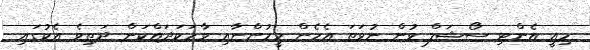
މިއީ އެންޓި ސޯޝަލް ވުން ނުވަތަ އެހެން މީހުންނާއި ވާހަކަދައްކަން ދަތިވެ އެކުގައި